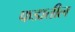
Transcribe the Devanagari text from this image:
फडातील